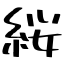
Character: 䋝